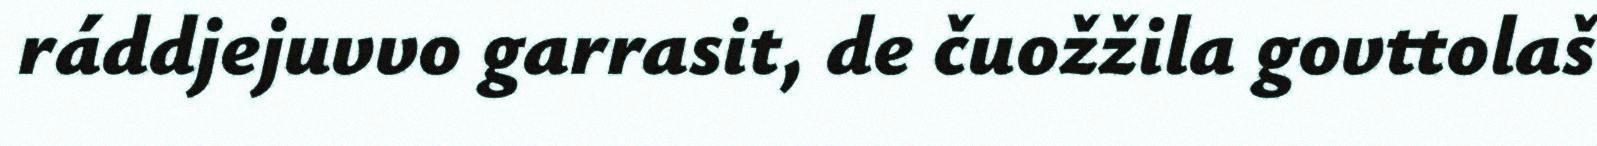
ráddjejuvvo garrasit, de čuožžila govttolaš